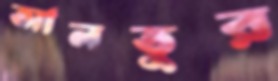
আলতুর